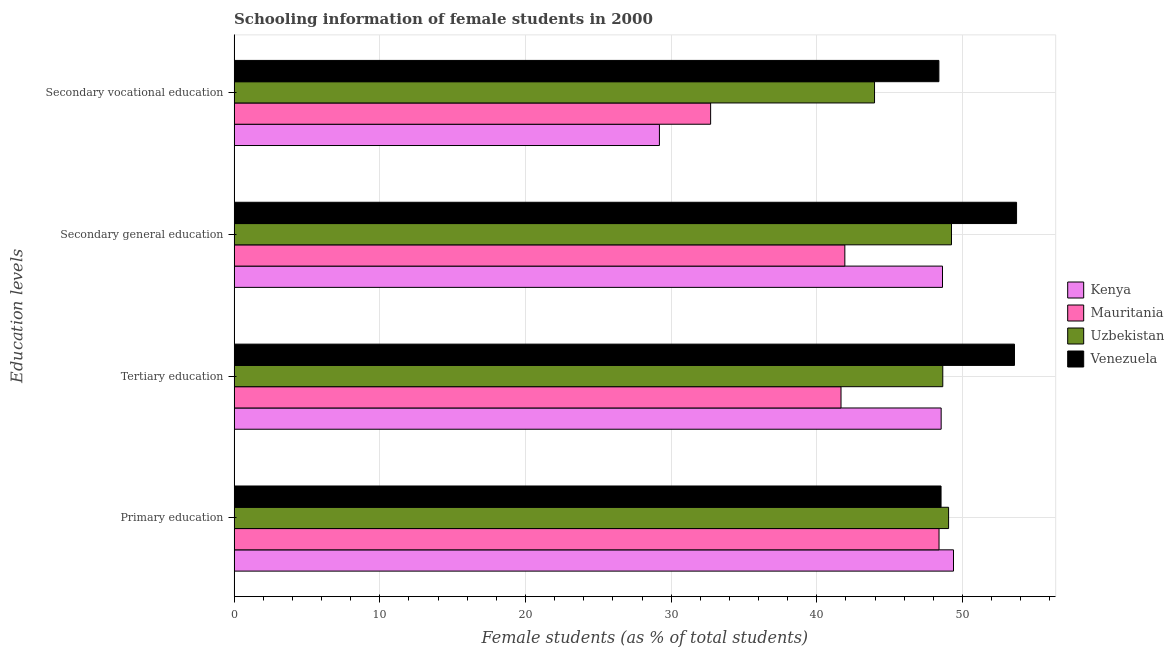
| Education levels | Kenya | Mauritania | Uzbekistan | Venezuela |
 | --- | --- | --- | --- | --- |
 | Primary education | 49.4 | 48.4 | 49 | 48.5 |
 | Tertiary education | 48.5 | 41.7 | 48.6 | 53.6 |
 | Secondary general education | 48.6 | 41.9 | 49.2 | 53.7 |
 | Secondary vocational education | 29.2 | 32.7 | 44 | 48.4 |